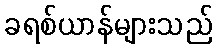
ခရစ်ယာန်များသည်